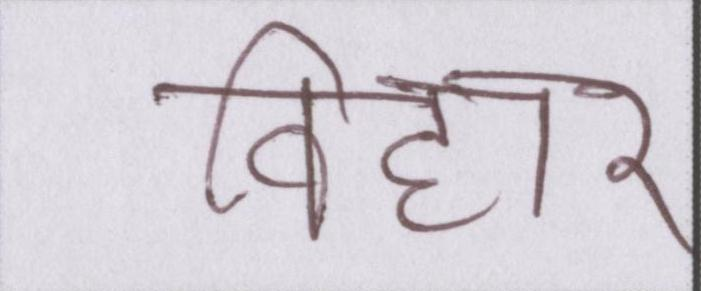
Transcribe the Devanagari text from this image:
विहार